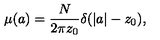
\mu ( a ) = \frac { N } { 2 \pi z _ { 0 } } \delta ( | a | - z _ { 0 } ) ,